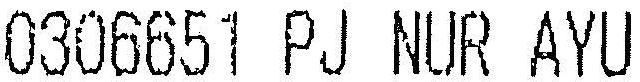
0306651 PJ NUR AYU